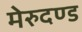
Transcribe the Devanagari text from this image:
मेरुदण्‍ड